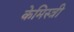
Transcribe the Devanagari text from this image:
केमिस्त्री